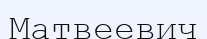
Матвеевич